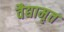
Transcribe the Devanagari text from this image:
वैद्यामृत